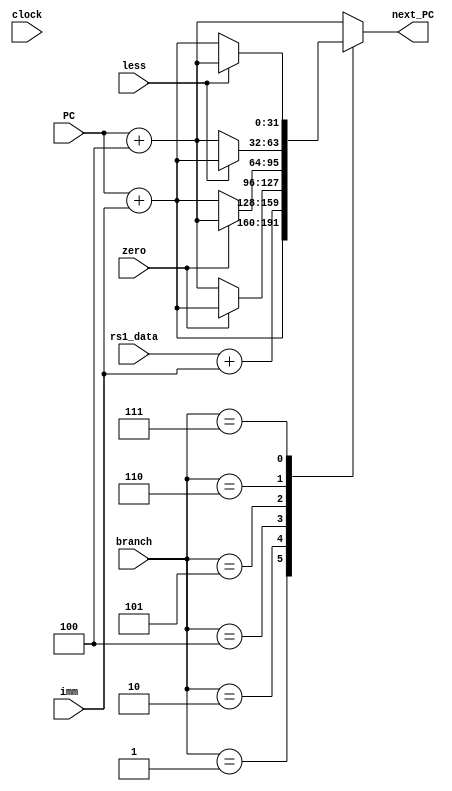
`timescale 1ns / 1ps
//////////////////////////////////////////////////////////////////////////////////
// Company: 
// Engineer: 
// 
// Design Name: 
// Module Name: PC_adder
// Project Name: 
// Target Devices: 
// Tool Versions: 
// Description: 
// 
// Dependencies: 
// 
// Revision:
// Revision 0.01 - File Created
// Additional Comments:
// 
//////////////////////////////////////////////////////////////////////////////////


module PC_adder(
    input clock,
    input [2:0]branch,
    input [31:0]PC,
    input [31:0]imm,
    input [31:0]rs1_data,
    input zero,less,
    output [31:0]next_PC
    );

    reg [31:0]next_PC_reg;

    always @(*) begin
        case(branch)
            3'b000: next_PC_reg = PC + 4;
            3'b001: next_PC_reg = PC + imm;
            3'b010: next_PC_reg = rs1_data + imm;
            3'b100: next_PC_reg = zero ? PC + imm : PC + 4;
            3'b101: next_PC_reg = ~zero ? PC + imm : PC + 4;
            3'b110: next_PC_reg = less ? PC + imm : PC + 4;
            3'b111: next_PC_reg = ~less ? PC + imm : PC + 4;
            default: next_PC_reg = PC + 4;
        endcase
    end

    assign next_PC = next_PC_reg;

endmodule